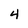
Character: 4